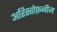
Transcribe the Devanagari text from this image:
अरिस्तोफ़नीज